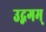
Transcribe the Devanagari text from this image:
उद्गगम्